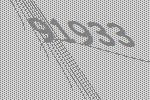
91933